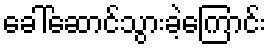
ခေါ်ဆောင်သွားခဲ့ကြောင်း